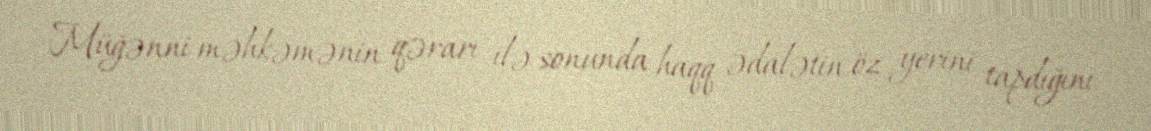
Müğənni məhkəmənin qərarı ilə sonunda haqq ədalətin öz yerini tapdığını